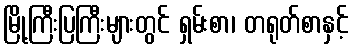
မြို့ကြီးပြကြီးများတွင် ရှမ်းစာ၊ တရုတ်စာနှင့်